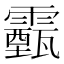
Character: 𩆛